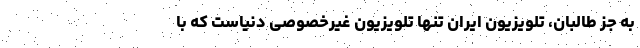
به جز طالبان، تلویزیون ایران تنها تلویزیون غیر‌خصوصی دنیاست که با